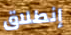
إنطلاق